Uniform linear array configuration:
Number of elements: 12
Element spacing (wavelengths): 0.75
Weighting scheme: exponential
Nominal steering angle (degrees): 45
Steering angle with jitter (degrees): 44.811
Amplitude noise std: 0.05
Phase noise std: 0.05

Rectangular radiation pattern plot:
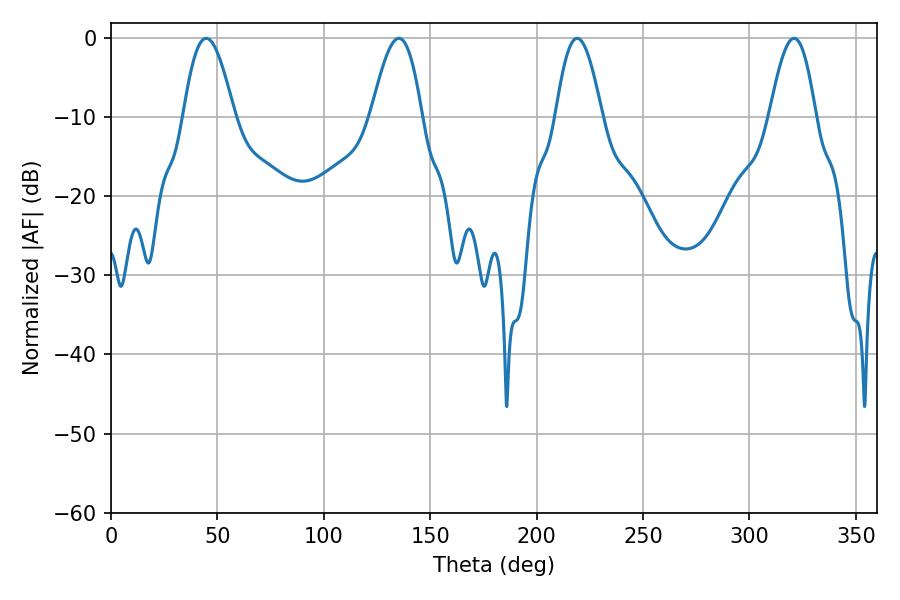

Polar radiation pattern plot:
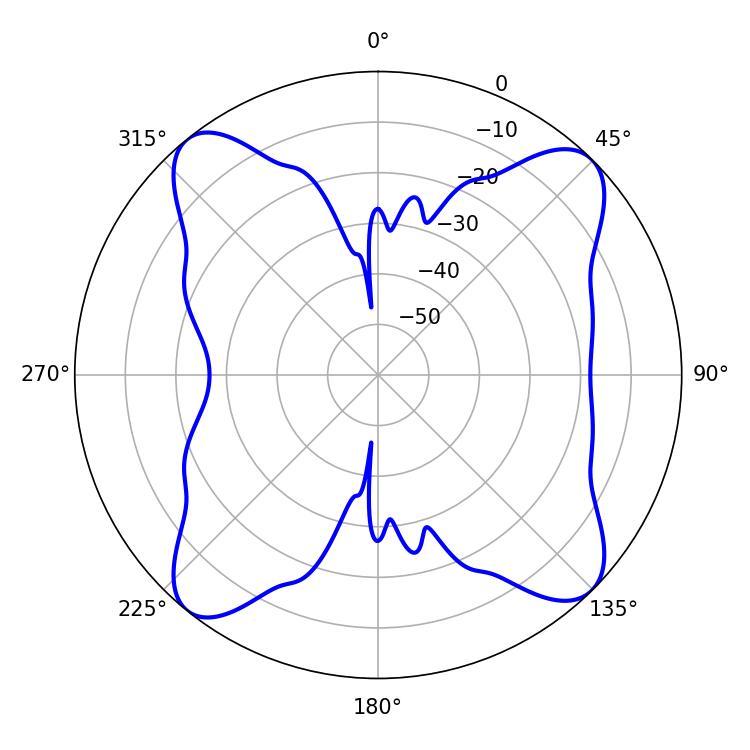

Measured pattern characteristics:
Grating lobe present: TRUE
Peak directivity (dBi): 14.086
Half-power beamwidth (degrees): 11.7
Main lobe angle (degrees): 219.06